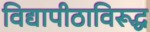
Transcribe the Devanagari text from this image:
विद्यापीठाविरूद्ध